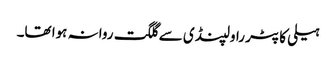
ہیلی کاپٹر راولپنڈی سے گلگت روانہ ہوا تھا۔